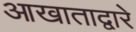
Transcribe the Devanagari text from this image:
आखाताद्वारे